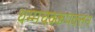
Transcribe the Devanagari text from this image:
धम्मचक्कपवत्तन